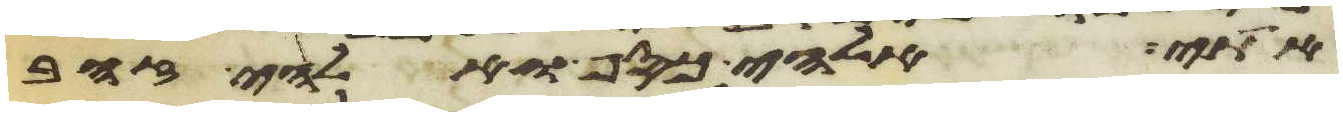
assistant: אתי אלהי כסף ואלהי זהב